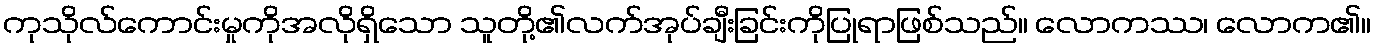
ကုသိုလ်ကောင်းမှုကိုအလိုရှိသော သူတို့၏လက်အုပ်ချီးခြင်းကိုပြုရာဖြစ်သည်။ လောကဿ၊ လောက၏။